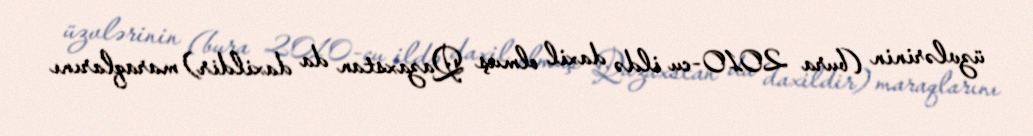
üzvlərinin (bura 2010-cu ildə daxil olmuş Qazaxstan da daxildir) maraqlarını